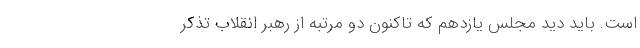
است. بايد ديد مجلس يازدهم كه تاكنون دو مرتبه از رهبر انقلاب تذكر